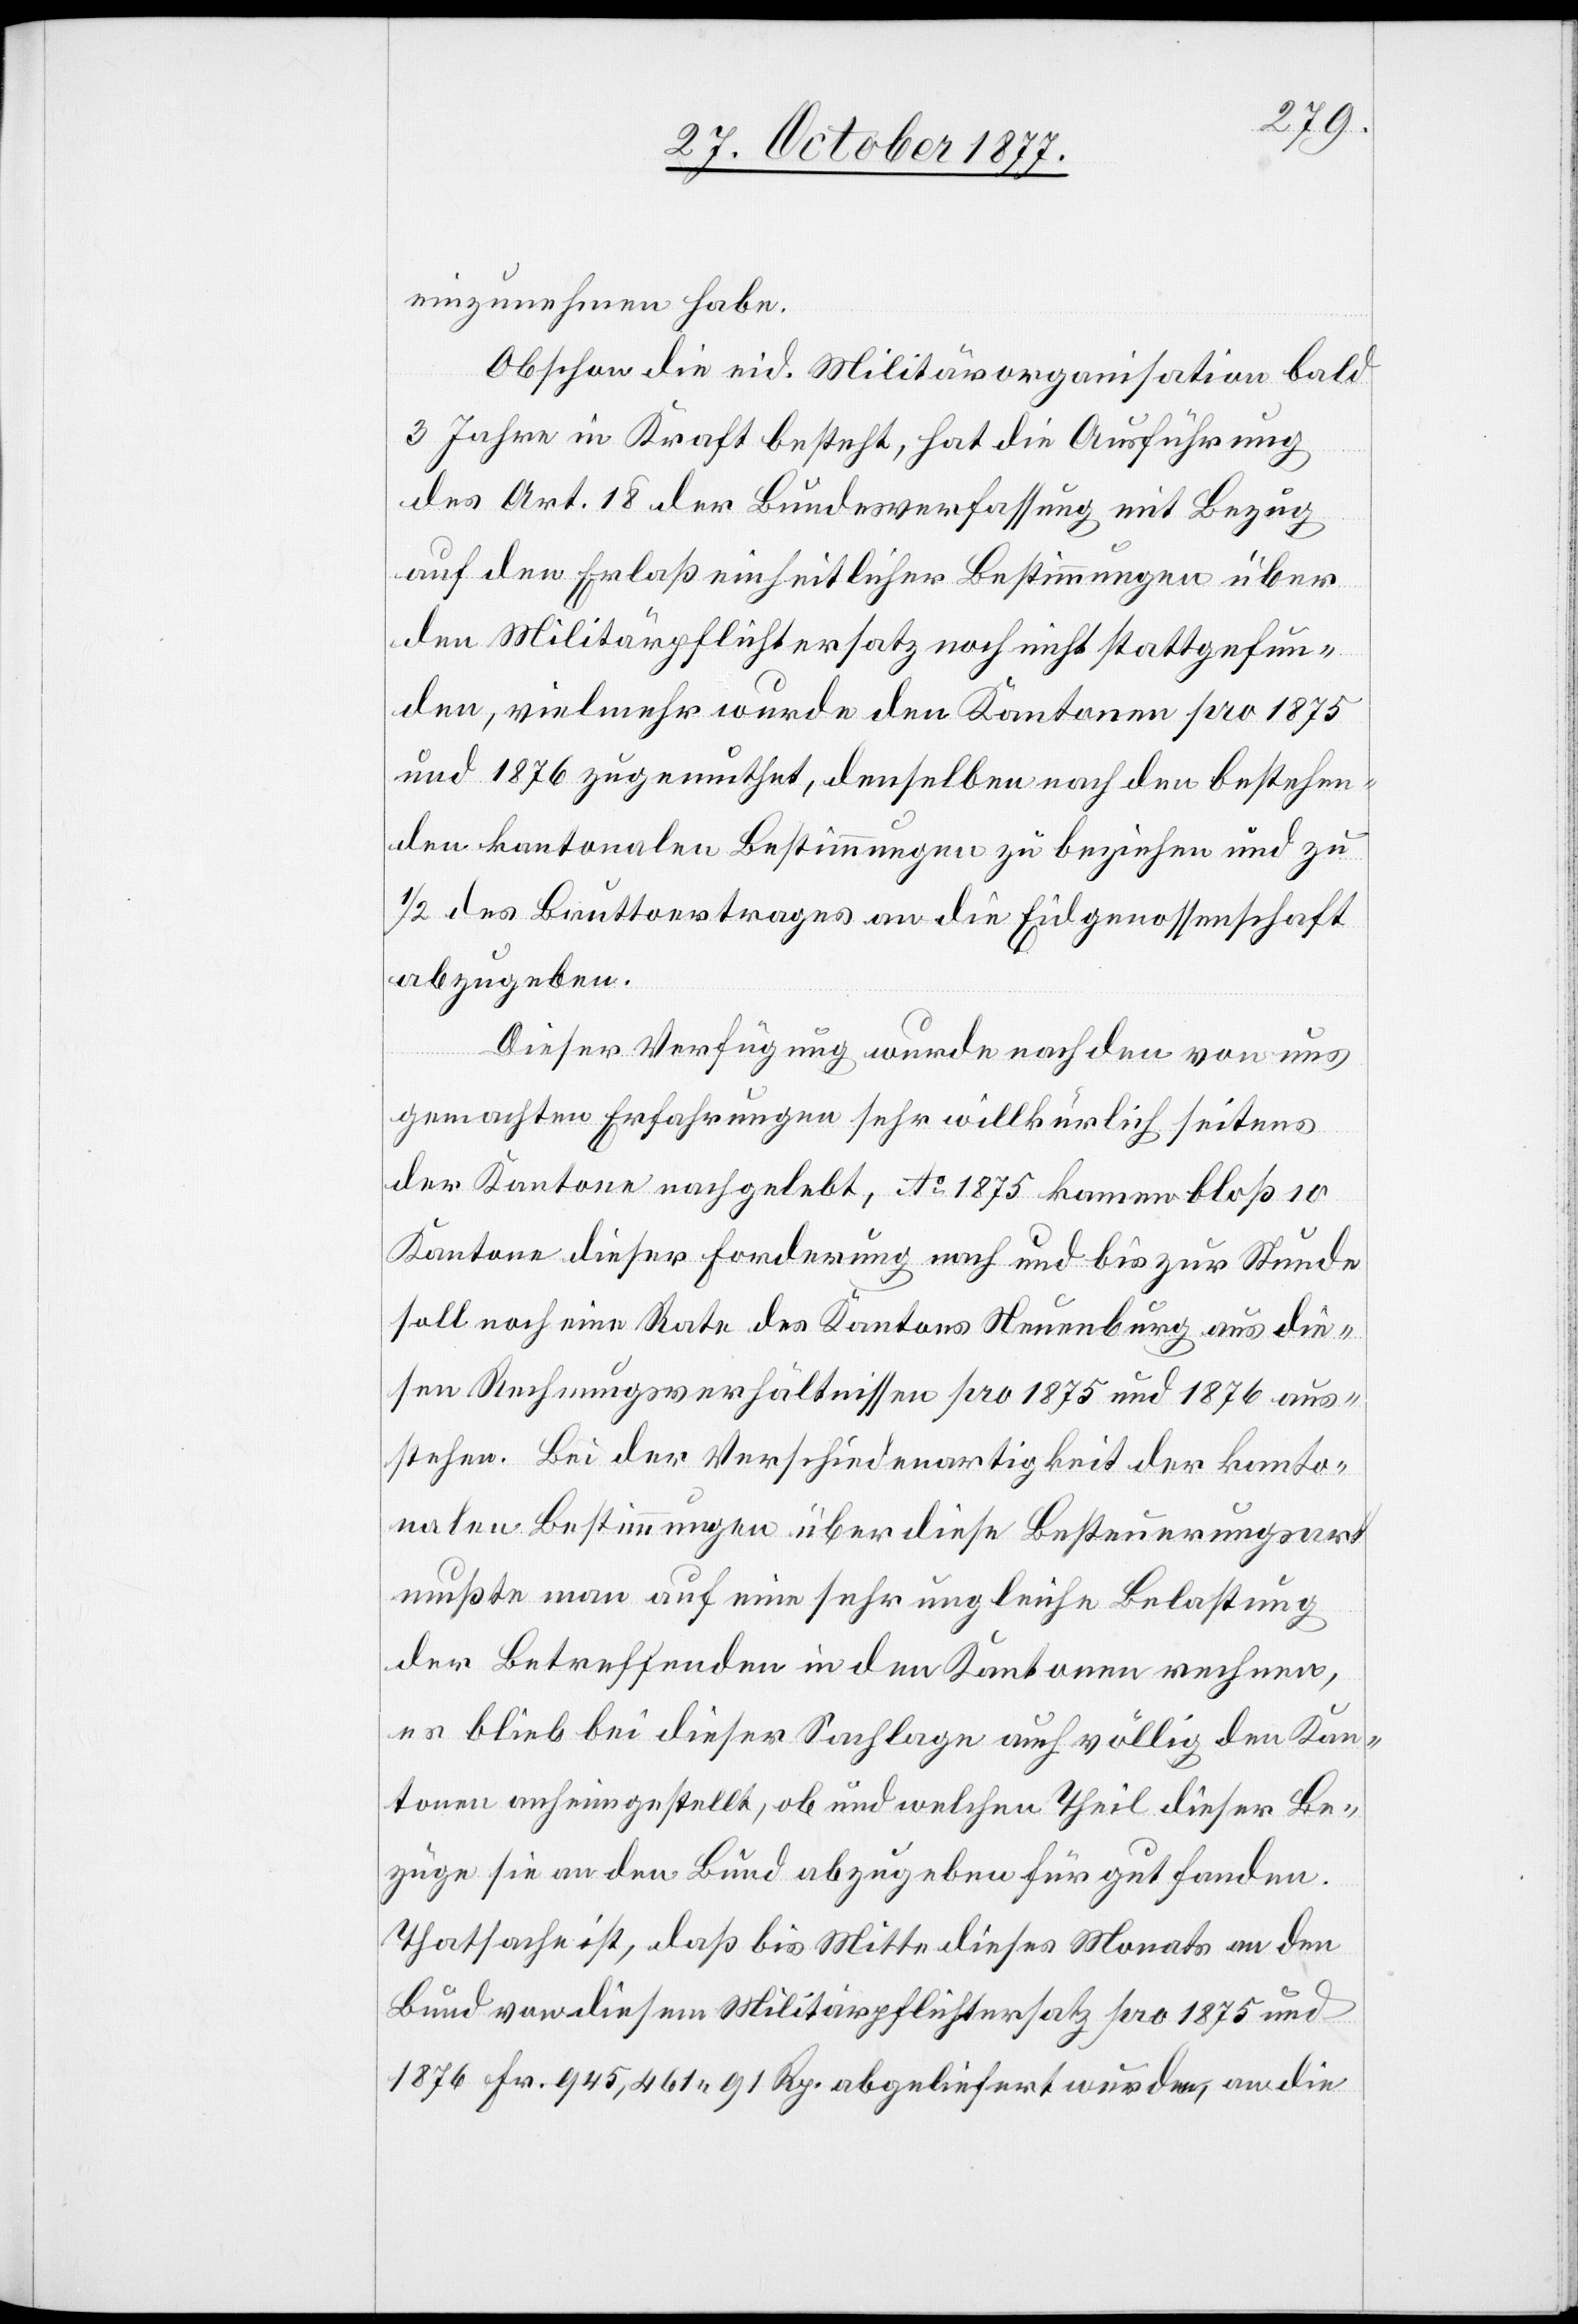
einzunehmen habe.
Obschon die eid. Militärorganisation bald
3 Jahre in Kraft besteht, hat die Ausführung
des Art. 18 der Bundesverfassung mit Bezug
auf den Erlaß einheitlicher Bestimmungen über
den Militärpflichtersatz noch nicht stattgefun¬
den, vielmehr wurde den Kantonen pro 1875
und 1876 zugemuthet, denselben nach den bestehen¬
den kantonalen Bestimmungen zu beziehen und zu
1/2 des Bruttoertrages an die Eidgenossenschaft
abzugeben.
Dieser Verfügung wurde nach den von uns
gemachten Erfahrungen sehr willkürlich seitens
der Kantone nachgelebt, Ao 1875 kamen bloß 10
Kantone dieser Forderung nach und bis zur Stunde
soll noch eine Rate des Kantons Neuenburg aus die¬
sen Rechnungsverhältnissen pro 1875 und 1876 aus¬
stehen. Bei der Verschiedenartigkeit der kanto¬
nalen Bestimmungen über diese Besteuerungsart
mußte man auf eine sehr ungleiche Belastung
der Betreffenden in den Kantonen rechnen,
es blieb bei dieser Sachlage auch völlig den Kan¬
tonen anheimgestellt, ob und welchen Theil dieser Be¬
züge sie an den Bund abzugeben für gut fanden.
Thatsache ist, daß bis Mitte dieses Monats an den
Bund von diesem Militärpflichtersatz pro 1875 und
1876 Fr. 945,461 91 Rp. abgeliefert wurden, an die